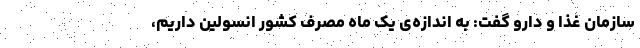
سازمان غذا و دارو گفت: به اندازه‌ی یک ماه مصرف کشور انسولین داریم،